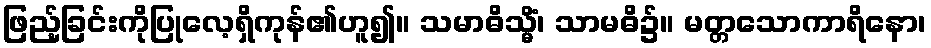
ဖြည့်ခြင်းကိုပြုလေ့ရှိကုန်၏ဟူ၍။ သမာဓိသ္မိံ၊ သာမဓိ၌။ မတ္တသောကာရိနော၊